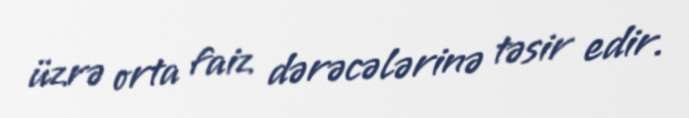
üzrə orta faiz dərəcələrinə təsir edir.